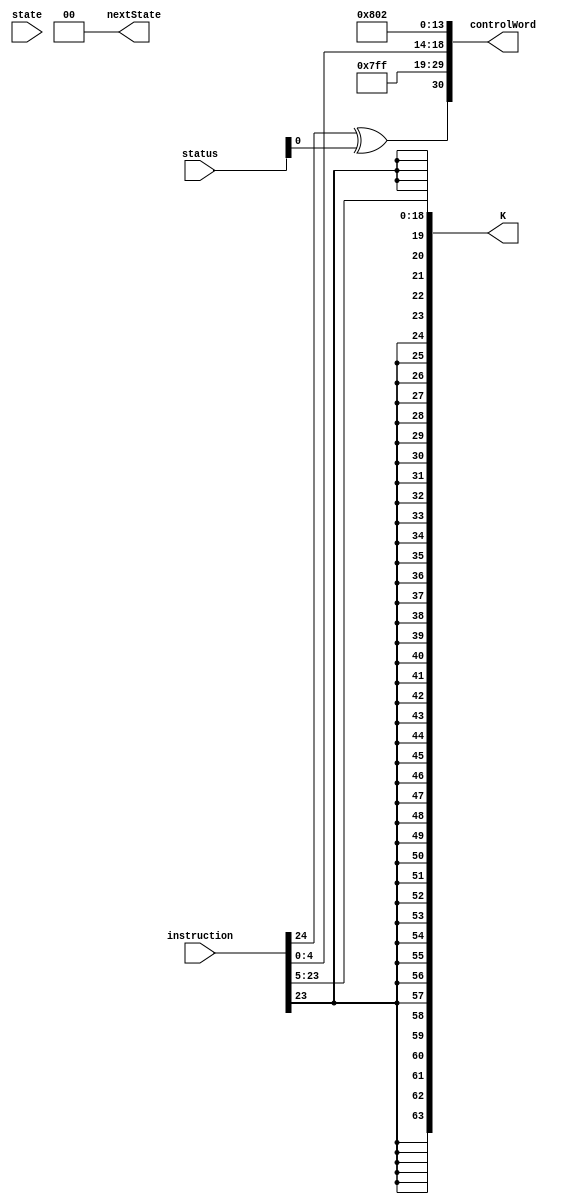
module CBZ_CBNZ(status, instruction, state, controlWord, nextState, K);
	input [31:0] instruction;
	input [1:0] state;
	input [4:0] status;
	
	output [30:0] controlWord;
	output [1:0] nextState;
	output [63:0] K;
	
	wire Z, C, N, V, ZI;
	wire [1:0] Psel;
	wire [4:0] DA, SA, SB, Fsel;
	wire regW, ramW, Bsel, EN_MEM, EN_ALU, EN_B, EN_PC, PCsel, SL;
	
	assign V = status[4]; assign C = status[3]; assign Z = status[2]; assign N = status[1]; assign ZI = status[0];
	
	assign Psel = {instruction[24] ^ ZI, 1'b1}; // either PC <- PC + 4 + in * 4 (OR) PC <- PC + 4
	assign DA = 5'b11111; //(Don't care)
	assign SA = 5'b11111; // Compare against 0
	assign SB = instruction[4:0];
	assign Fsel = 5'b00100; // OR
	assign regW = 1'b0; // Do not write to register
	assign ramW = 1'b0; // Do not write to RAM
	assign EN_MEM = 1'b0;
	assign EN_ALU = 1'b0;
	assign EN_B = 1'b0;
	assign EN_PC = 1'b0;
	assign Bsel = 1'b0; // Register B output to ALU for comparison
	assign PCsel = 1'b1;
	assign SL = 1'b0;
	
	assign K = {{45{instruction[23]}},{instruction[23:5]}};
		
	assign controlWord = {Psel, DA, SA, SB, Fsel, regW, ramW, EN_MEM, EN_ALU, EN_B, EN_PC, Bsel, PCsel, SL};
	
	assign nextState = 2'b00;
	
endmodule